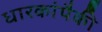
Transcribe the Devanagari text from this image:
धारकांपैकी